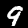
Digit: 9